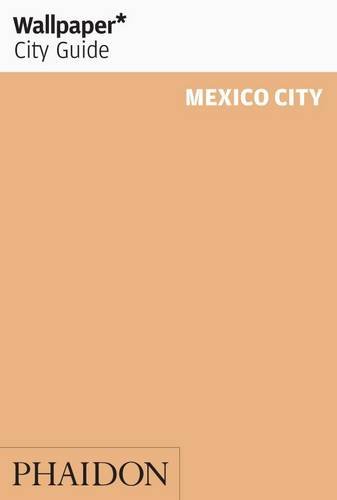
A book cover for Wallpaper City Guide: Mexico City (Wallpaper City Guides); Editors of Wallpaper Magazine; Travel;